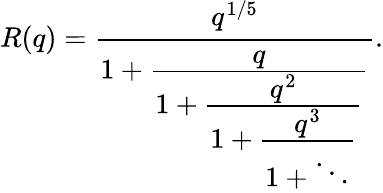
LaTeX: R(q)={\cfrac{q^{1/5}}{1+{\cfrac{q}{1+{\cfrac{q^{2}}{1+{\cfrac{q^{3}}{1+\ddots}}}}}}}}.